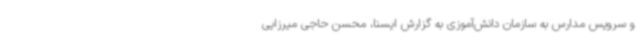
و سرویس مدارس به سازمان دانش‌آموزی به گزارش ایسنا، محسن حاجی میرزایی